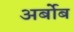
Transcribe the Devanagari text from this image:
अर्बोब